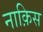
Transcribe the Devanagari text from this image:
नाक़िस